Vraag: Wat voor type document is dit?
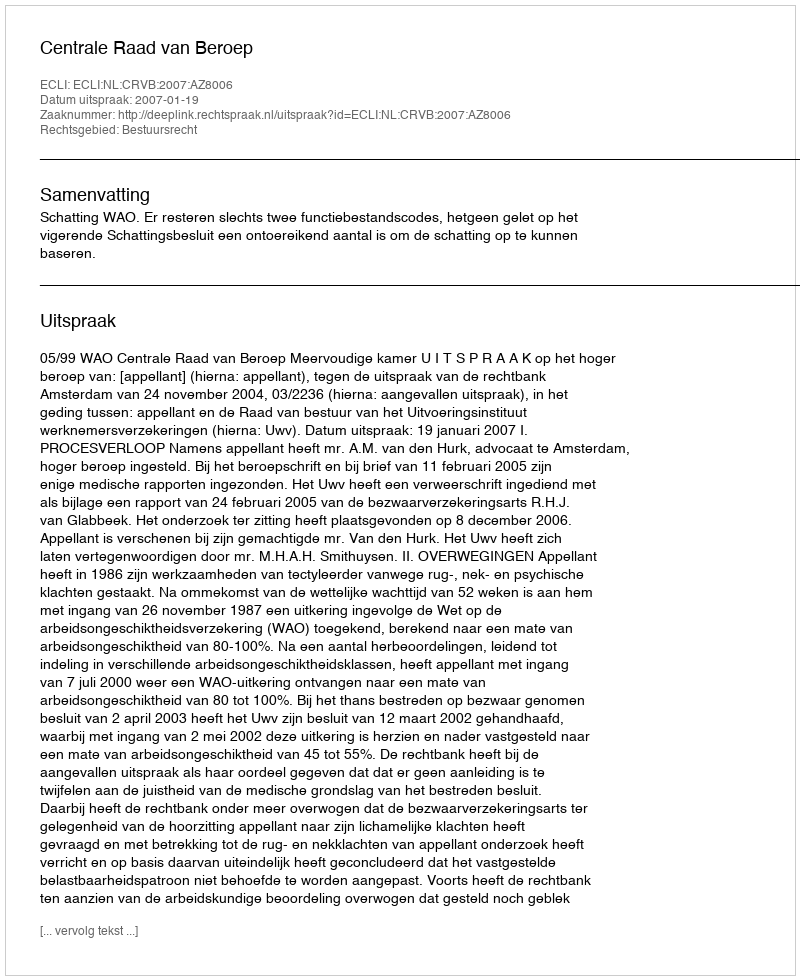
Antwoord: Uitspraak